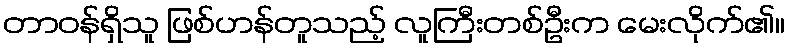
တာဝန်ရှိသူ ဖြစ်ဟန်တူသည့် လူကြီးတစ်ဦးက မေးလိုက်၏။